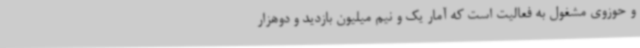
و حوزوی مشغول به فعالیت است که آمار یک‌ و نیم میلیون بازدید و دوهزار